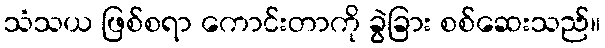
သံသယ ဖြစ်စရာ ကောင်းတာကို ခွဲခြား စစ်ဆေးသည်။